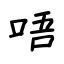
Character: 唔